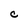
Character: C